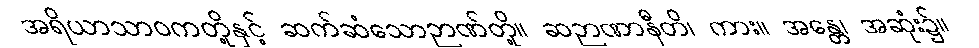
အရိယာသာဝကတို့နှင့် ဆက်ဆံသောဉာဏ်တို့။ ဆဉာဏာနီတိ၊ ကား။ အန္တေ၊ အဆုံး၌။